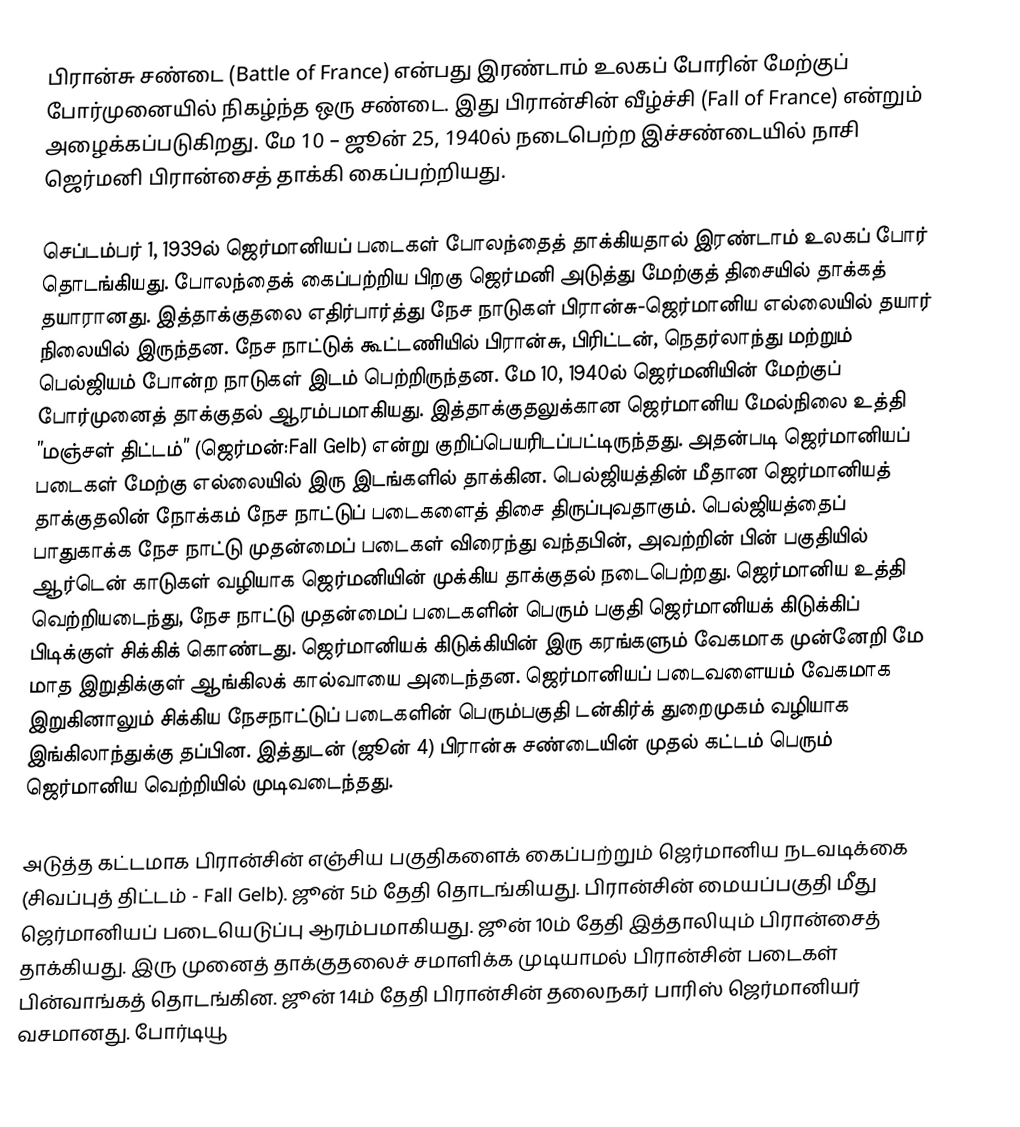
பிரான்சு சண்டை (Battle of France) என்பது இரண்டாம் உலகப் போரின் மேற்குப் போர்முனையில் நிகழ்ந்த ஒரு சண்டை. இது பிரான்சின் வீழ்ச்சி (Fall of France) என்றும் அழைக்கப்படுகிறது.  மே 10 – ஜூன் 25, 1940ல் நடைபெற்ற இச்சண்டையில் நாசி ஜெர்மனி பிரான்சைத் தாக்கி கைப்பற்றியது.

செப்டம்பர் 1, 1939ல் ஜெர்மானியப் படைகள் போலந்தைத் தாக்கியதால் இரண்டாம் உலகப் போர் தொடங்கியது. போலந்தைக் கைப்பற்றிய பிறகு ஜெர்மனி அடுத்து மேற்குத் திசையில் தாக்கத் தயாரானது. இத்தாக்குதலை எதிர்பார்த்து நேச நாடுகள் பிரான்சு-ஜெர்மானிய எல்லையில் தயார் நிலையில் இருந்தன. நேச நாட்டுக் கூட்டணியில் பிரான்சு, பிரிட்டன், நெதர்லாந்து மற்றும் பெல்ஜியம் போன்ற நாடுகள் இடம் பெற்றிருந்தன. மே 10, 1940ல் ஜெர்மனியின் மேற்குப் போர்முனைத் தாக்குதல் ஆரம்பமாகியது. இத்தாக்குதலுக்கான ஜெர்மானிய மேல்நிலை உத்தி ”மஞ்சள் திட்டம்” (ஜெர்மன்:Fall Gelb) என்று குறிப்பெயரிடப்பட்டிருந்தது. அதன்படி ஜெர்மானியப் படைகள் மேற்கு எல்லையில் இரு இடங்களில் தாக்கின. பெல்ஜியத்தின் மீதான ஜெர்மானியத் தாக்குதலின் நோக்கம் நேச நாட்டுப் படைகளைத் திசை திருப்புவதாகும். பெல்ஜியத்தைப் பாதுகாக்க நேச நாட்டு முதன்மைப் படைகள் விரைந்து வந்தபின், அவற்றின் பின் பகுதியில் ஆர்டென் காடுகள் வழியாக ஜெர்மனியின் முக்கிய தாக்குதல் நடைபெற்றது. ஜெர்மானிய உத்தி வெற்றியடைந்து, நேச நாட்டு முதன்மைப் படைகளின் பெரும் பகுதி ஜெர்மானியக் கிடுக்கிப் பிடிக்குள் சிக்கிக் கொண்டது. ஜெர்மானியக் கிடுக்கியின் இரு கரங்களும் வேகமாக முன்னேறி மே மாத இறுதிக்குள் ஆங்கிலக் கால்வாயை அடைந்தன. ஜெர்மானியப் படைவளையம் வேகமாக இறுகினாலும் சிக்கிய நேசநாட்டுப் படைகளின் பெரும்பகுதி டன்கிர்க் துறைமுகம் வழியாக இங்கிலாந்துக்கு தப்பின. இத்துடன் (ஜூன் 4) பிரான்சு சண்டையின் முதல் கட்டம் பெரும் ஜெர்மானிய வெற்றியில் முடிவடைந்தது.

அடுத்த கட்டமாக பிரான்சின் எஞ்சிய பகுதிகளைக் கைப்பற்றும் ஜெர்மானிய நடவடிக்கை (சிவப்புத் திட்டம் - Fall Gelb). ஜூன் 5ம் தேதி தொடங்கியது. பிரான்சின் மையப்பகுதி மீது ஜெர்மானியப் படையெடுப்பு ஆரம்பமாகியது. ஜூன் 10ம் தேதி இத்தாலியும் பிரான்சைத் தாக்கியது. இரு முனைத் தாக்குதலைச் சமாளிக்க முடியாமல் பிரான்சின் படைகள் பின்வாங்கத் தொடங்கின. ஜூன் 14ம் தேதி பிரான்சின் தலைநகர் பாரிஸ் ஜெர்மானியர் வசமானது. போர்டியூ